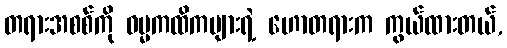
တရားအစစ်ကို ဓမ္မကထိကများရဲ့ ဟောတရားက ကွယ်ထားတယ်,